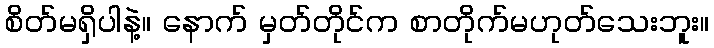
စိတ်မရှိပါနဲ့။ နောက် မှတ်တိုင်က စာတိုက်မဟုတ်သေးဘူး။